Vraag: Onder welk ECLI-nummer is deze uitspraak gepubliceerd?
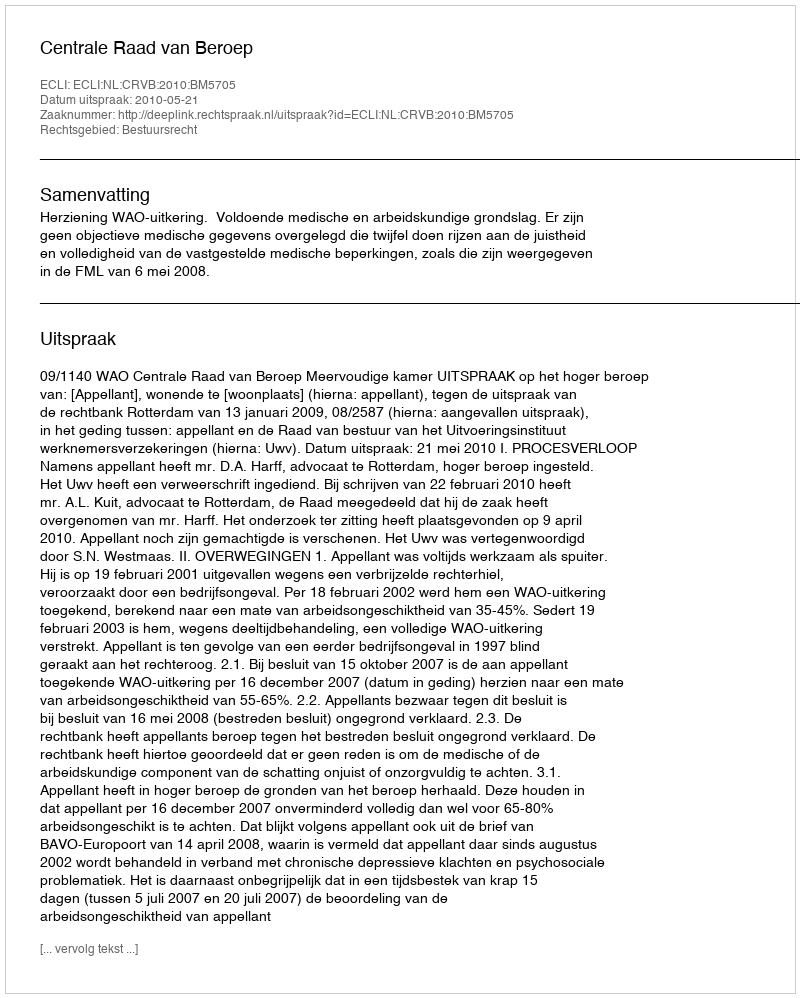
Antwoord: ECLI:NL:CRVB:2010:BM5705